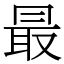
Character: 最